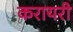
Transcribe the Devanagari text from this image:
करायरी